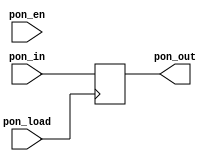
`timescale 1ns / 1ps
module pon_reg(pon_en, pon_load, pon_in, pon_out);
  
  input pon_en;        
  input pon_load;        
  input [7:0] pon_in;         
  output reg [7:0] pon_out = 8'b10101011;        
    
  always @(posedge pon_load) #1 begin 
	  pon_out <= pon_in; 
  end
  
endmodule